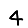
Digit: 4